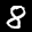
Label: 8